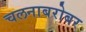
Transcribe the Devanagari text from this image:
चलनाबरोबर